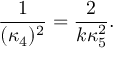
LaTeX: \frac { 1 } { ( \kappa _ { 4 } ) ^ { 2 } } = \frac { 2 } { k \kappa _ { 5 } ^ { 2 } } .